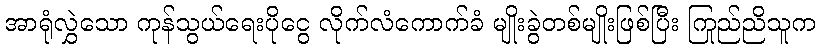
အာရုံလွှဲသော ကုန်သွယ်ရေးပိုငွေ လိုက်လံကောက်ခံ မျိုးခွဲတစ်မျိုးဖြစ်ပြီး ကြည်ညိုသူက